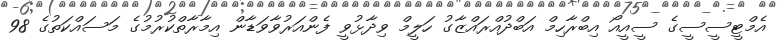
އެމްޓީސީސީގެ ސީއީއޯ އިބްރާހިމް އަބްދުއްރައްޒާގު ހަލީމް ވިދާޅުވީ ފެންއަރުވާވަޑާން އިމާރާތްކުރުމުގެ މަސައްކަތުގެ 98